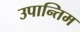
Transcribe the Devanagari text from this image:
उपान्तिम